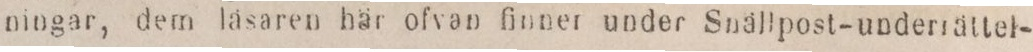
ningar, dem läsaren här ofvan finner under Snällpost-underrättel-